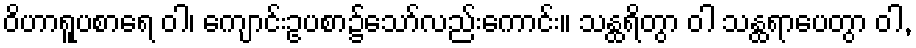
ဝိဟာရူပစာရေ ဝါ၊ ကျောင်းဥပစာ၌သော်လည်းကောင်း။ သန္ထရိတွာ ဝါ သန္ထရာပေတွာ ဝါ,